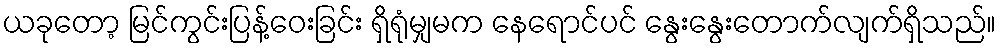
ယခုတော့ မြင်ကွင်းပြန့်ဝေးခြင်း ရှိရုံမျှမက နေရောင်ပင် နွေးနွေးတောက်လျက်ရှိသည်။